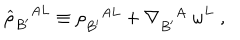
{ \widehat \rho } _ { B ^ { \prime } } ^ { A L } \equiv \rho _ { B ^ { \prime } } ^ { A L } + \nabla _ { B ^ { \prime } } ^ { A } \; \omega ^ { L } \; ,